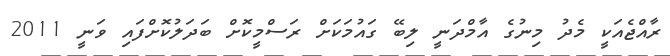
ރާއްޖެއަކީ މެދު މިނުގެ އާމްދަނީ ލިބޭ ގައުމަކަށް ރަސްމީކޮށް ބަދަލުކޮށްފައި ވަނީ 2011